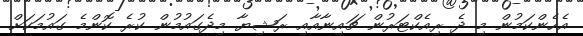
އެހެންކަމުން މި ދެ ރިއެކްޓަރުން ޗައިނާއާއި ރަޝިޔާ މިދެގައުމުން ކުރެ ކޮންމެ ގައުމަކަށް